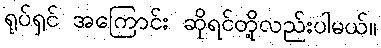
ရုပ်ရှင် အကြောင်း ဆိုရင်တို့လည်းပါမယ်။